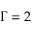
\Gamma = 2